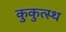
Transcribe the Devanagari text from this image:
कुकुत्स्थ